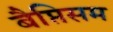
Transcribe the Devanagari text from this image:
बैप्तिसम